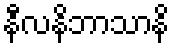
နီလနိဘာသာနိ